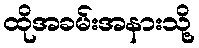
ထိုအခမ်းအနားသို့